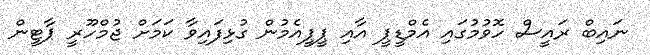
ނައިބް ރައީސް ހޮވުމުގައި އެމްޑީޕީ އާއި ޕީޕީއެމުން ގުޅިފައިވާ ކަމަށް ޖުމްހޫރީ ޕާޓީން